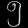
Digit: ၅